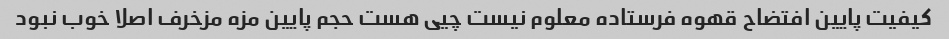
کیفیت پایین افتضاح قهوه فرستاده معلوم نیست چیی هست حجم پایین مزه مزخرف اصلا خوب نبود